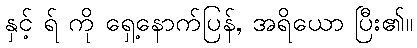
နှင့် ရ် ကို ရှေ့နောက်ပြန်, အရိယော ပြီး၏။